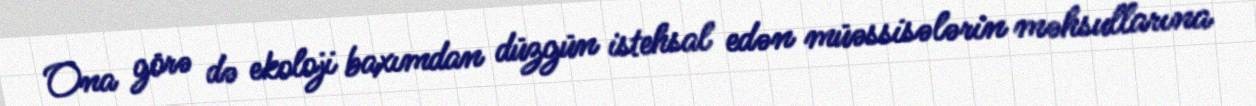
Ona görə də ekoloji baxımdan düzgün istehsal edən müəssisələrin məhsullarına